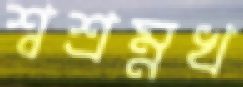
শ্বশ্রম্নখ